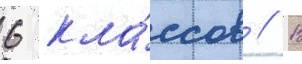
6 кла́ссов // В